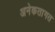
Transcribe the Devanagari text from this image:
अनेकतागत